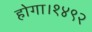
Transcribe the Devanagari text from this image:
होगा।१४९२